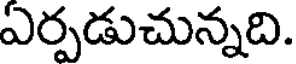
ఏర్పడుచున్నది.